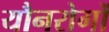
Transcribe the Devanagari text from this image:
यौनरोगों